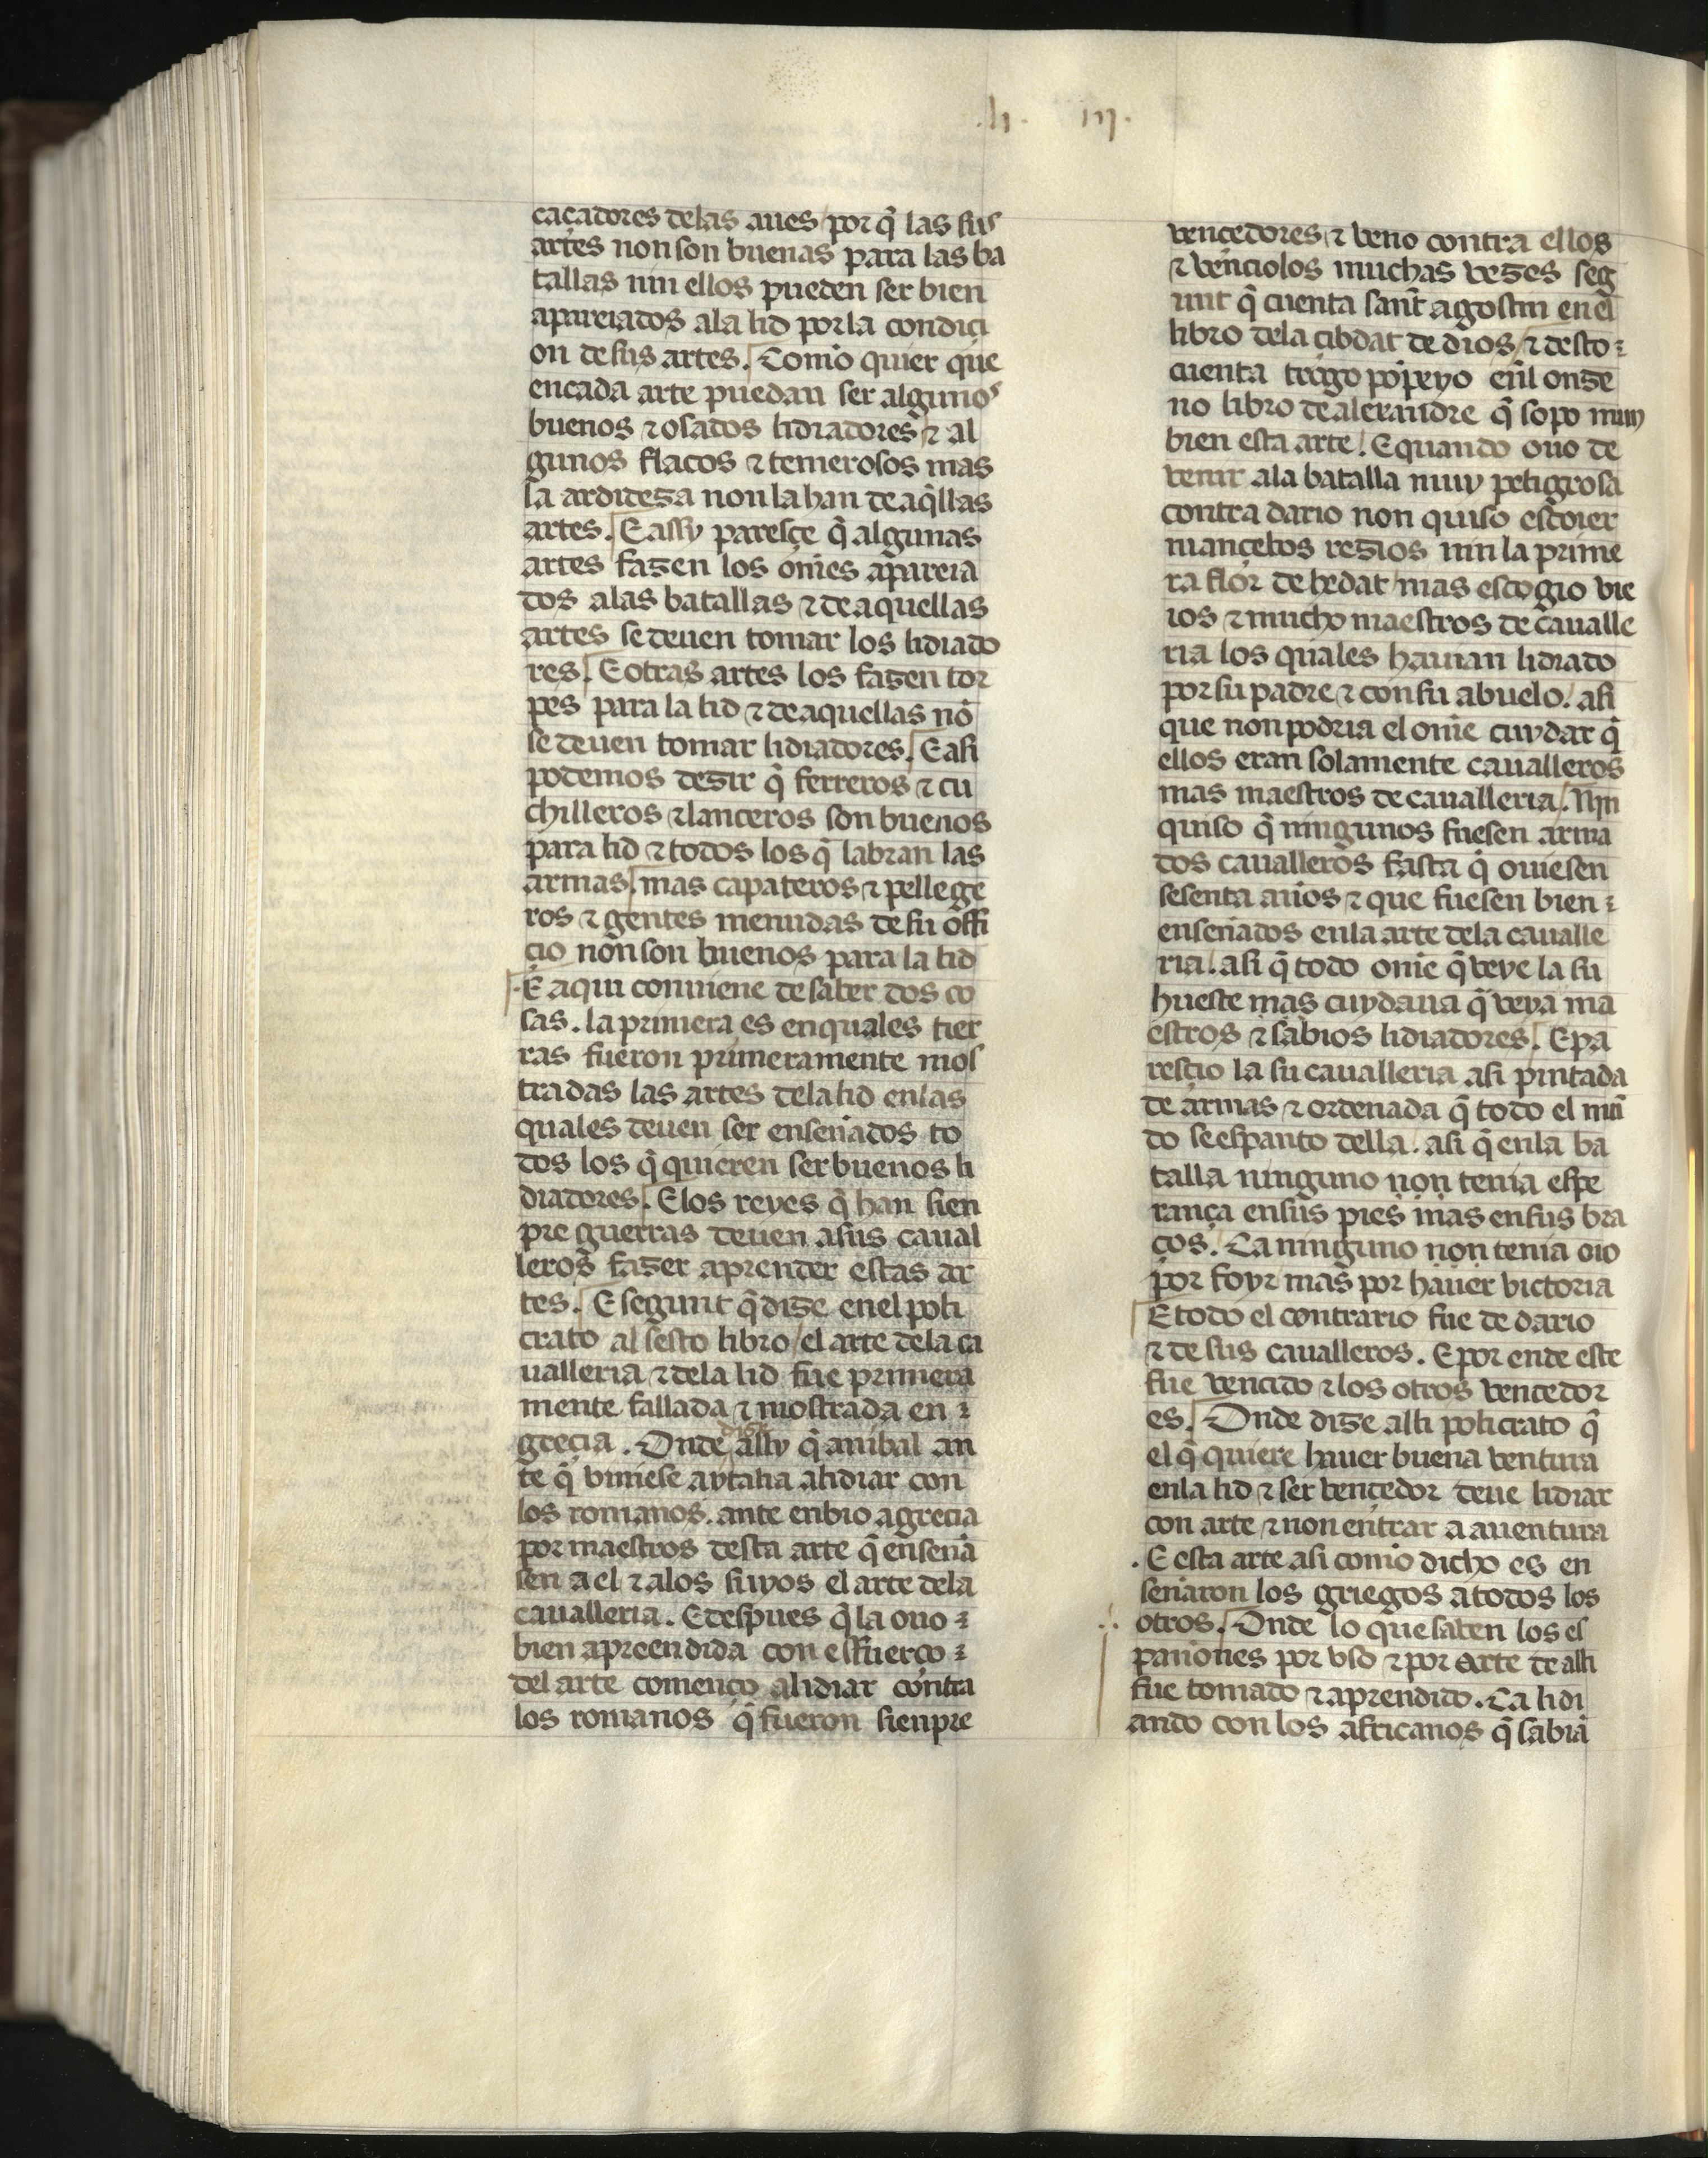
Shelfmark: Madrid, Fundación Lázaro Galdiano, mss 289
Century: 15